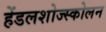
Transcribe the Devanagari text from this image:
हेंडलशोज्स्कोलन